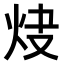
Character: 𤆿